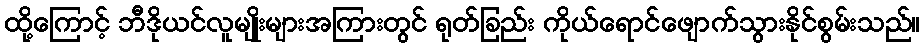
ထို့ကြောင့် ဘီဒိုယင်လူမျိုးများအကြားတွင် ရုတ်ခြည်း ကိုယ်ရောင်ဖျောက်သွားနိုင်စွမ်းသည်။